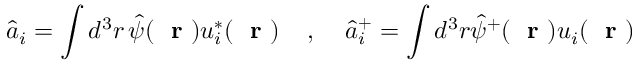
\hat { a } _ { i } = \int d ^ { 3 } r \, \hat { \psi } ( \mathrm { ~ \bf ~ r ~ } ) u _ { i } ^ { * } ( \mathrm { ~ \bf ~ r ~ } ) \; \; \; \; , \; \; \; \; \hat { a } _ { i } ^ { + } = \int d ^ { 3 } r \hat { \psi } ^ { + } ( \mathrm { ~ \bf ~ r ~ } ) u _ { i } ( \mathrm { ~ \bf ~ r ~ } )